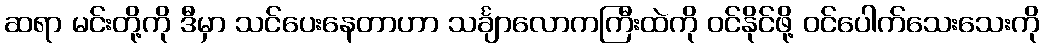
ဆရာ မင်းတို့ကို ဒီမှာ သင်ပေးနေတာဟာ သင်္ချာလောကကြီးထဲကို ဝင်နိုင်ဖို့ ဝင်ပေါက်သေးသေးကို